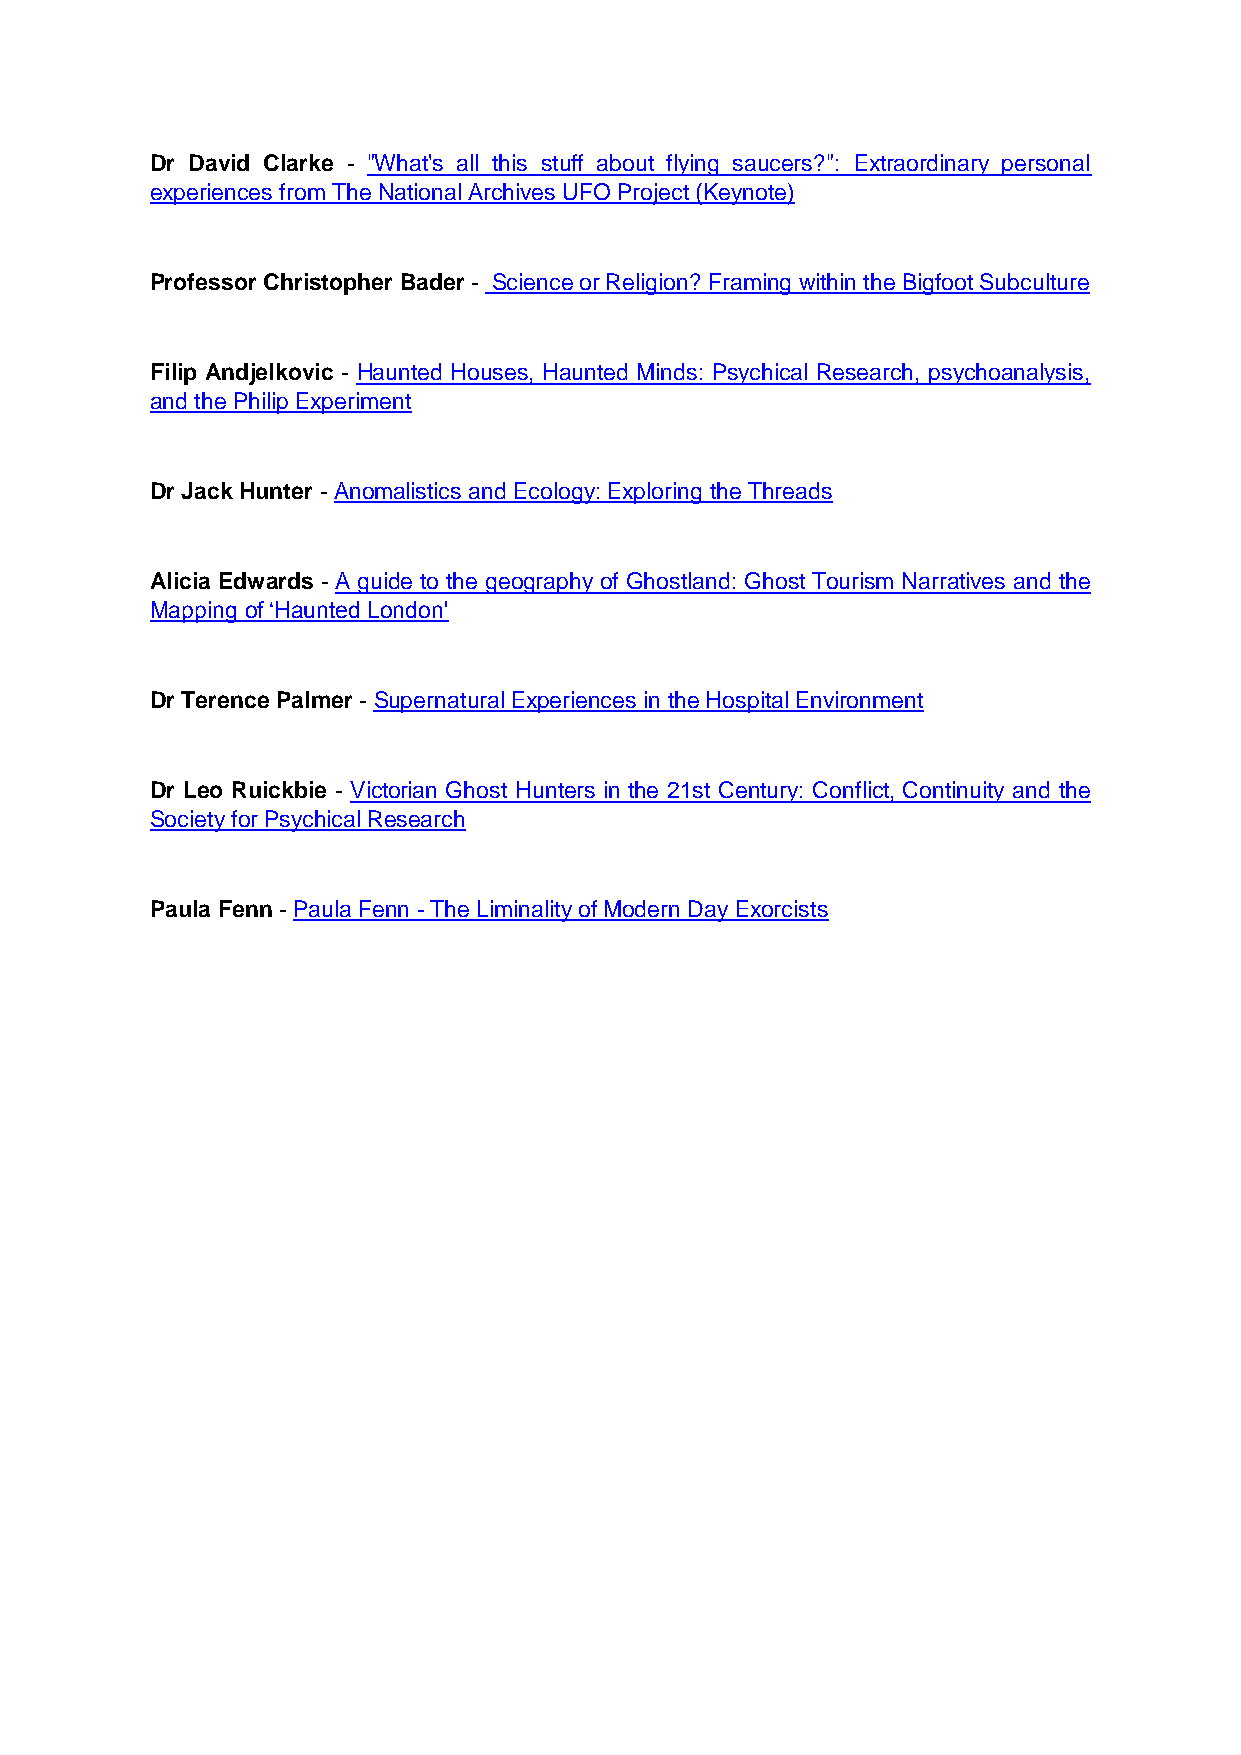
Dr David Clarke - "What's all this stuff about flying saucers?": Extraordinary personal
 experiences from The National Archives UFO Project (Keynote)
 Professor Christopher Bader - Science or Religion? Framing within the Bigfoot Subculture
 Filip Andjelkovic - Haunted Houses, Haunted Minds: Psychical Research, psychoanalysis,
 and the Philip Experiment
 Dr Jack Hunter - Anomalistics and Ecology: Exploring the Threads
 Alicia Edwards - A guide to the geography of Ghostland: Ghost Tourism Narratives and the
 Mapping of ‘Haunted London'
 Dr Terence Palmer - Supernatural Experiences in the Hospital Environment
 Dr Leo Ruickbie - Victorian Ghost Hunters in the 21st Century: Conflict, Continuity and the
 Society for Psychical Research
 Paula Fenn - Paula Fenn - The Liminality of Modern Day Exorcists